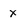
Character: x